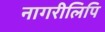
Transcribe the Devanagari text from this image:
नागरीलिपि